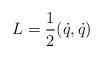
LaTeX: \begin{align*}L=\frac{1}{2}(\dot{q}, \dot{q})\end{align*}